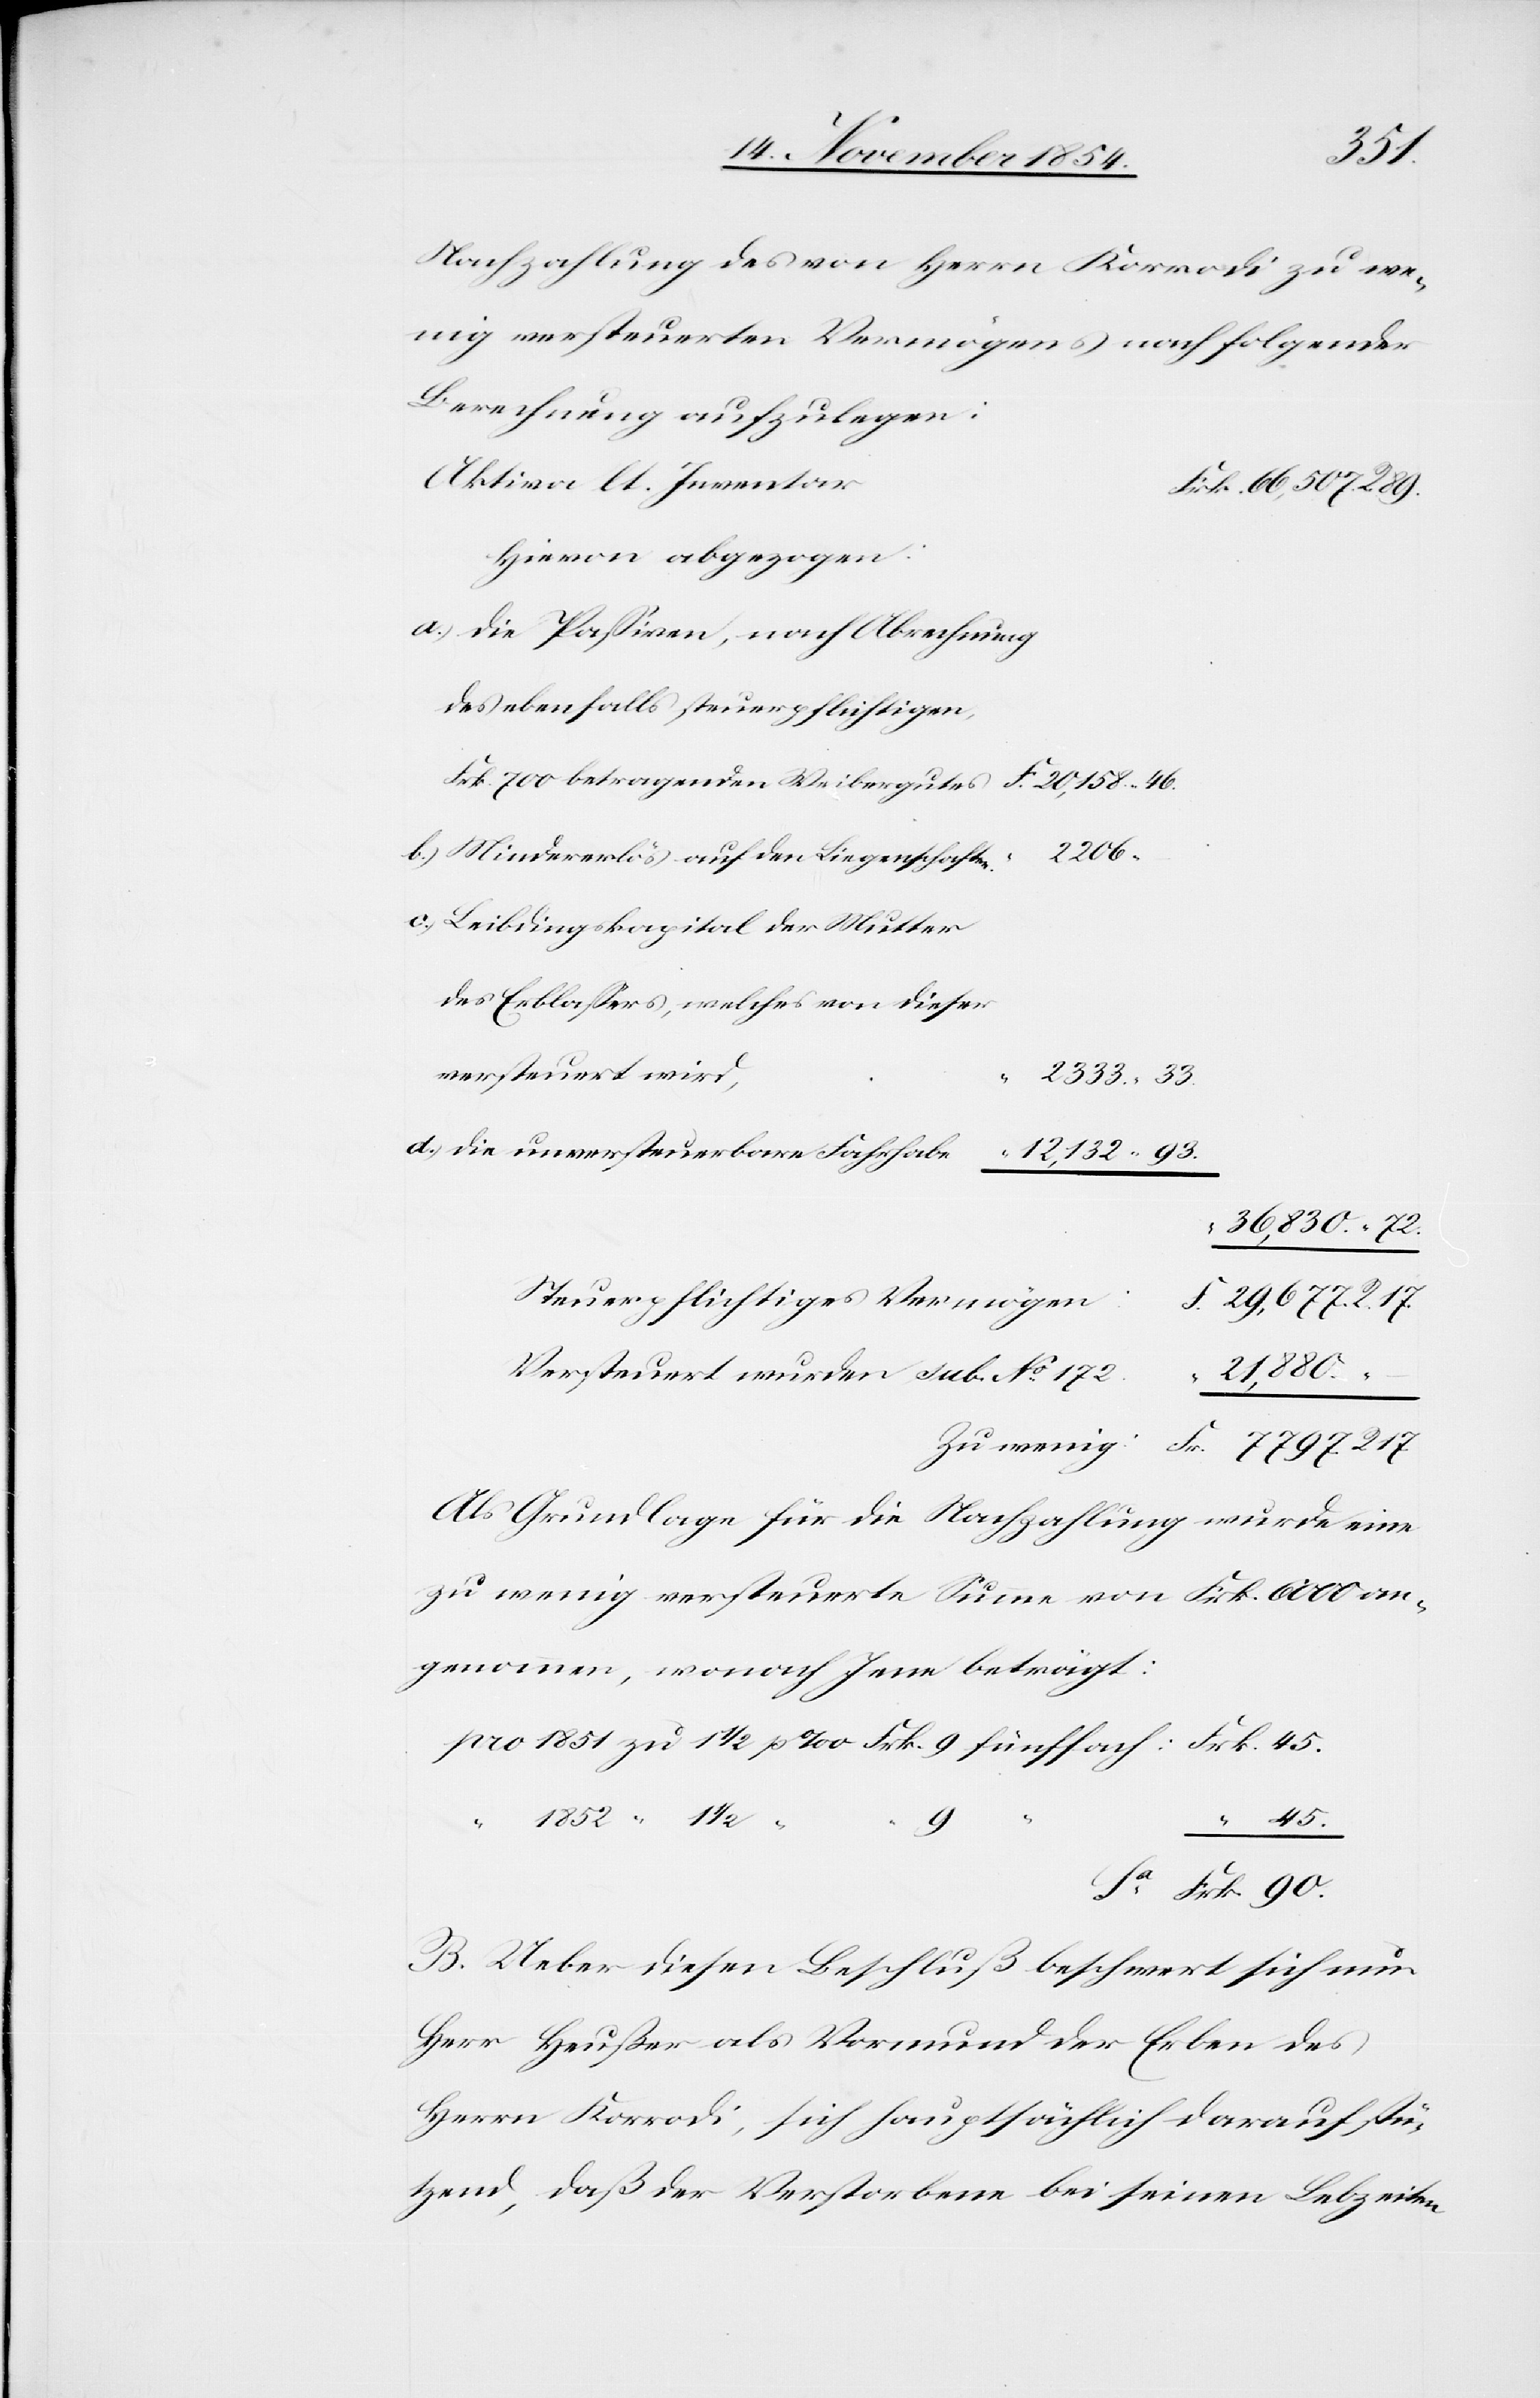
1852
Nachzahlung des von Herrn Korrodi zu we¬
nig versteuerten Vermögens nachfolgender
Berechnung aufzulegen:
Aktiva lt. Inventar
Hievon abgezogen:
a.) Die Paßiven, nach Abrechnung
des ebenfalls steuerpflichtigen,
Frk. 700 betragenden Weibergutes
b.) Mindestens auf den Liegenschaften
c.) Leibdingskapital der Mutter
des Erblaßers, welches von dieser
versteuert wird,
2333. “ 33.
d.) die unversteuerbare Fahrhabe
12,132. “ 93.
Versteuert wurden sub. No 172.
21,880.
Zu wenig:
Als Grundlage für die Nachzahlung wurde eine
zu wenig versteuerte Summe von Frk. 6000 an¬
genommen, wonach Jene beträgt.
45.
90.
B. Ueber diesen Beschluß beschwert sich nun
Herr Heußer als Vormund der Erben des
Herrn Korrodi, sich hauptsächlich darauf stü¬
tzend, daß der Verstorbene bei seinen Lebzeiten